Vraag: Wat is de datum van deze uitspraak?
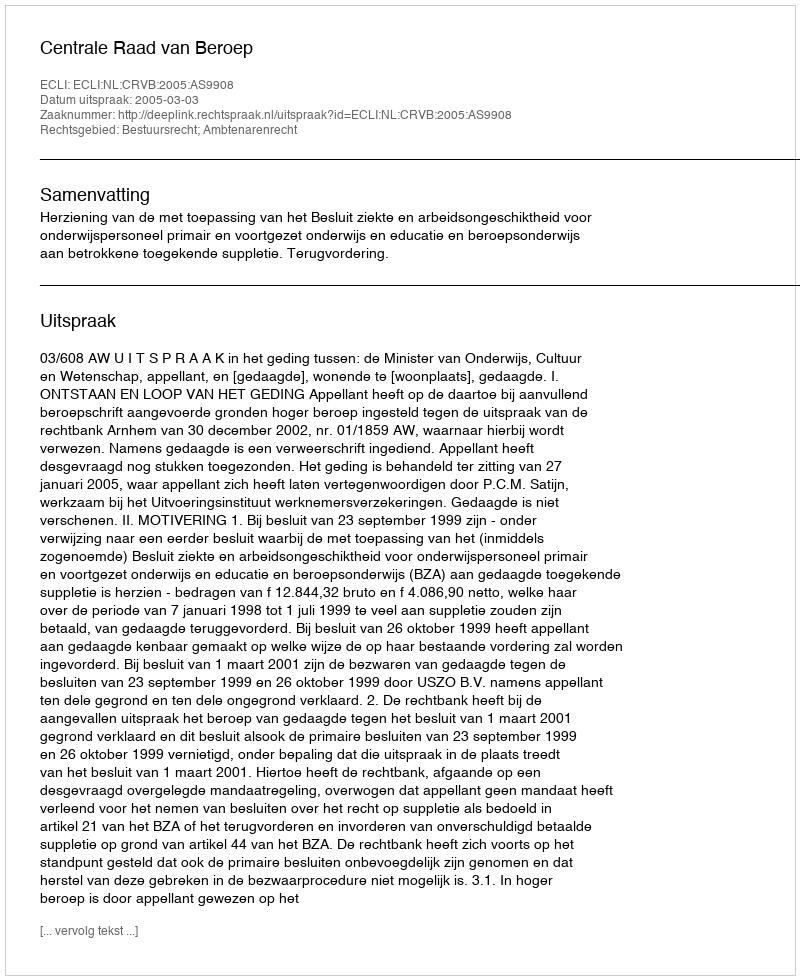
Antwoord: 2005-03-03